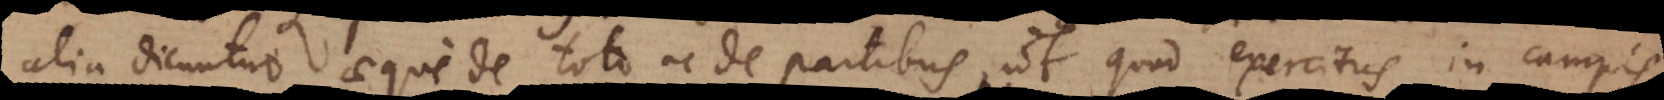
alia dicuntur aeque de toto ac de partibus, ut quod exercitus in campis